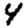
Digit: 4